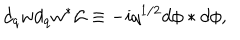
d _ { q } w d _ { q } w ^ { \ast } { \cal L } \equiv - i q ^ { 1 / 2 } d \phi \ast d \phi ,